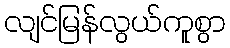
လျင်မြန်လွယ်ကူစွာ